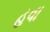
હવા